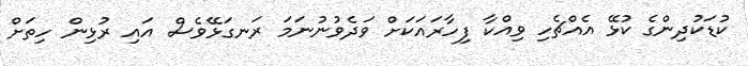
ކުޑަކުދިންގެ ކުޅޭ އެއްޗެހި ވިއްކާ ފިހާރައަކަށް ވަދެވުނުނަމަ ރަނގަޅޭވެސް އައި ރުޅިން ހިތަށް